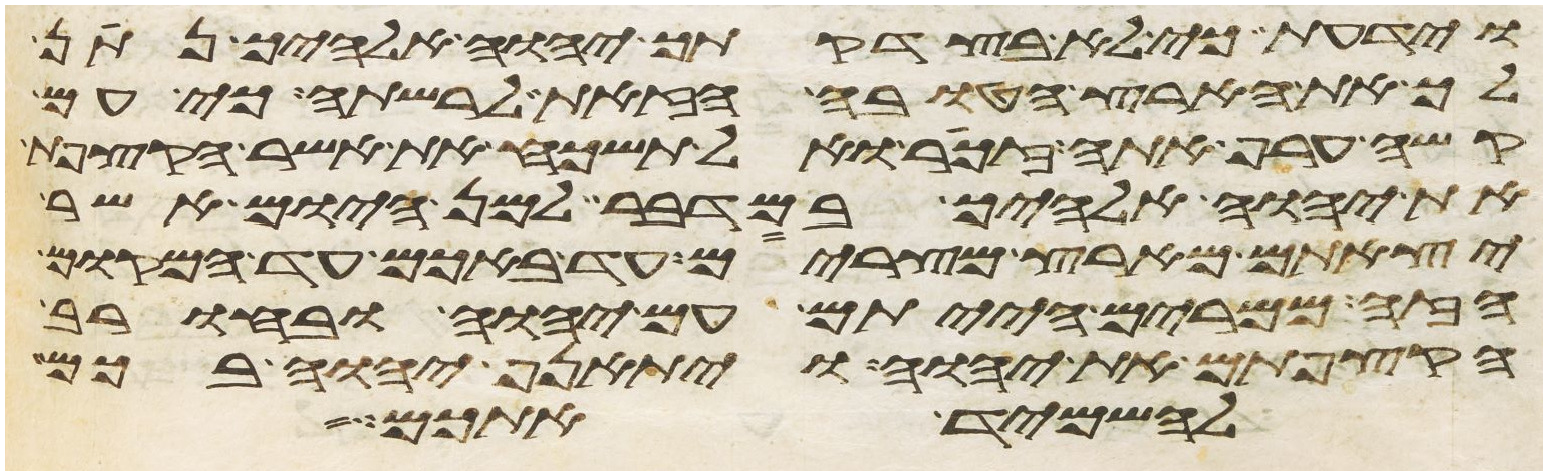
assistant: וידעת כי לא בצדקתך יהוה אלהיך נתן
לך את הארץ הטובה הזאת לרשתה כי עם
קשה ערף אתה זכור ואל תשכח את אשר הקצפת
את יהוה אלהיך במדבר למן היום אשר
יצאתם מארץ מצרים עד באכם עד המקום
הזה ממרים הייתם עם יהוה ובחורב
הקצפתם את יהוה ויתאנף יהוה בכם
להשמיד אתכם